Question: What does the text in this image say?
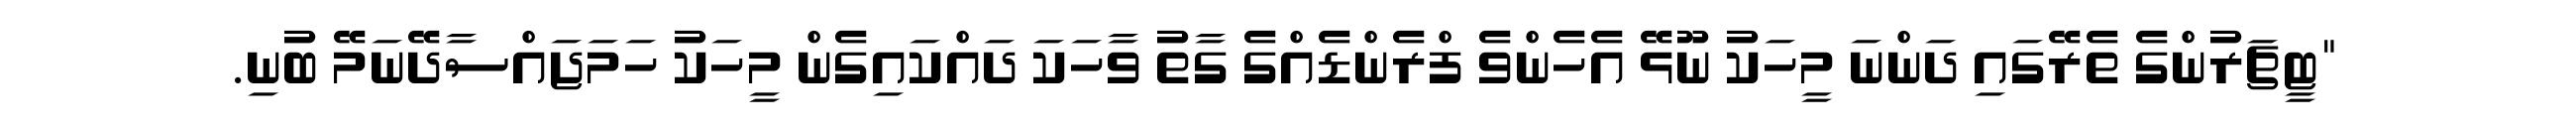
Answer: "ޓީޗަރުންގެ ތެރޭގައި ދަންނަ މީހަކު ނޫޅޭ އެހެންވެ ފްރެންޑެއްގެ ގާތު ވާހަކަ ދައްކައިގެން މީހަކު ހަމަޖައްސާދޭނަމޭ ބުނި.